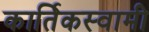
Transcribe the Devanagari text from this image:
कार्तिकस्‍वामी